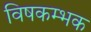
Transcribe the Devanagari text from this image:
विषकम्भक